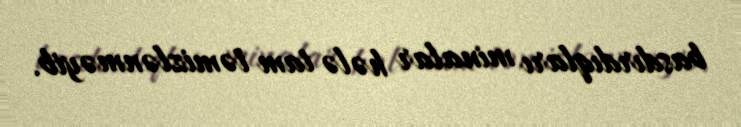
basdırdıqları minalar hələ tam təmizlənməyib.